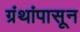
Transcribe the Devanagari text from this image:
ग्रंथांपासून